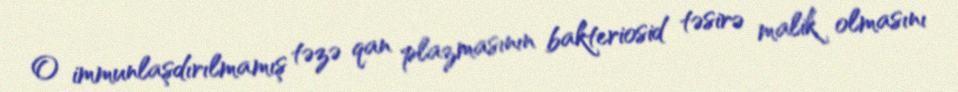
O immunlaşdırılmamış təzə qan plazmasının bakteriosid təsirə malik olmasını